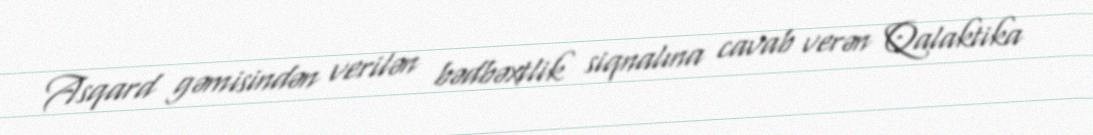
Asqard gəmisindən verilən bədbəxtlik siqnalına cavab verən Qalaktika